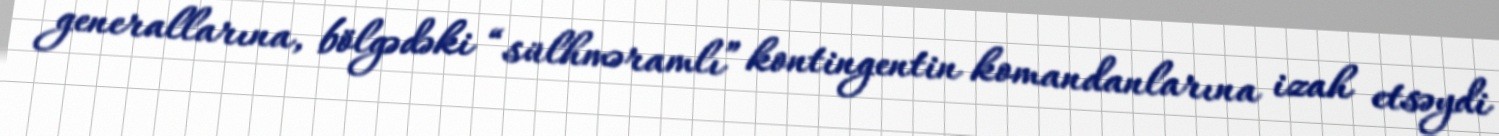
generallarına, bölgədəki “sülhməramlı” kontingentin komandanlarına izah etsəydi